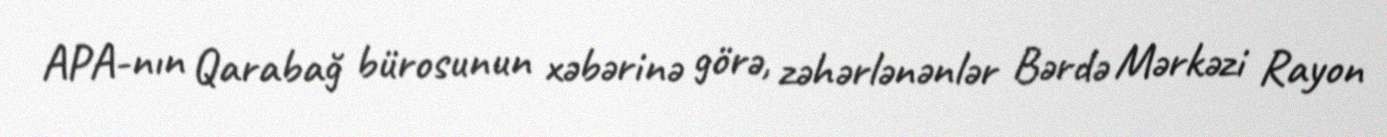
APA-nın Qarabağ bürosunun xəbərinə görə, zəhərlənənlər Bərdə Mərkəzi Rayon